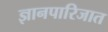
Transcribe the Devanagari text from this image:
ज्ञानपारिजात